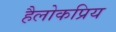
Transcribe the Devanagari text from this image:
हैलोकप्रिय